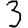
Digit: 3